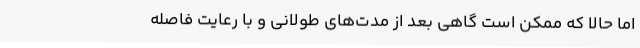
اما حالا که ممکن است گاهی بعد از مدت‌های طولانی و با رعایت فاصله